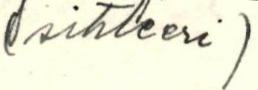
(sihteeri)